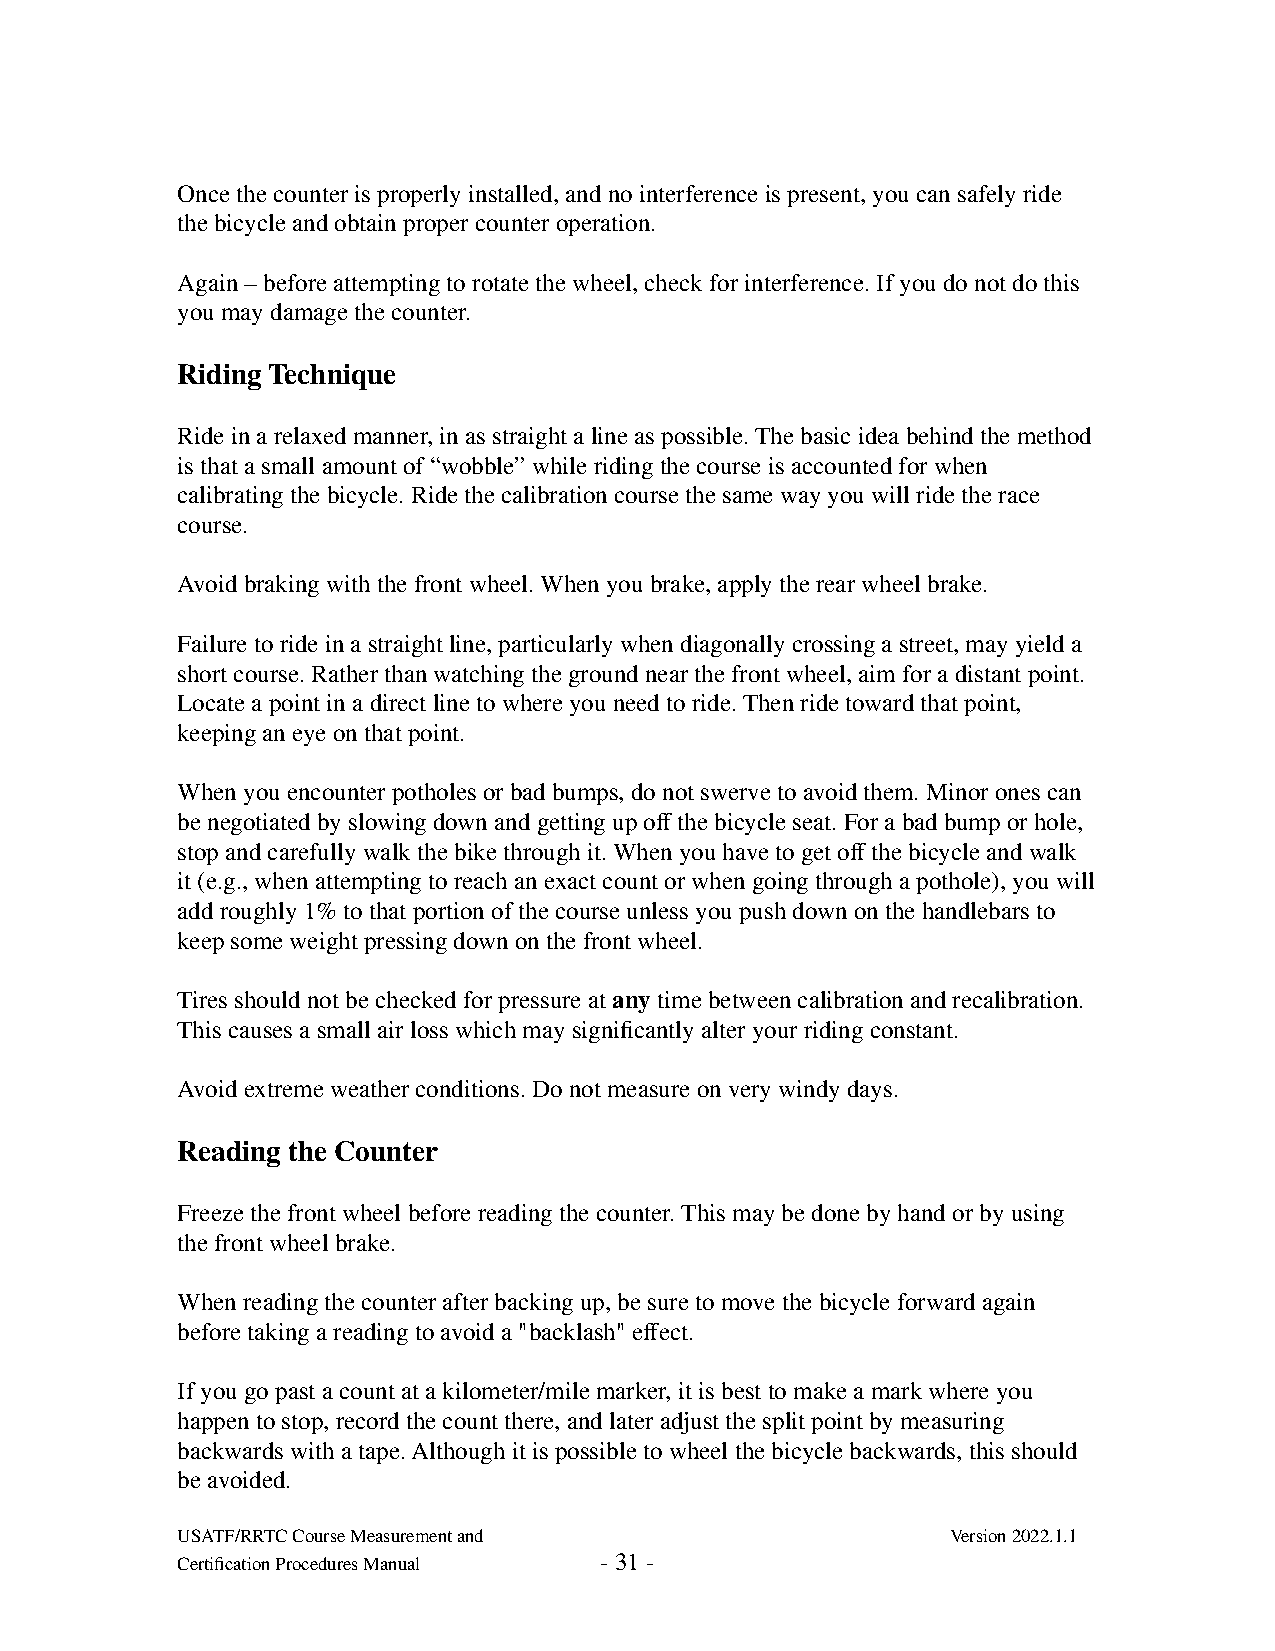
Once the counter is properly installed, and no interference is present, you can safely ride
 the bicycle and obtain proper counter operation.
 Again – before attempting to rotate the wheel, check for interference. If you do not do this
 you may damage the counter.
 Riding Technique
 Ride in a relaxed manner, in as straight a line as possible. The basic idea behind the method
 is that a small amount of “wobble” while riding the course is accounted for when
 calibrating the bicycle. Ride the calibration course the same way you will ride the race
 course.
 Avoid braking with the front wheel. When you brake, apply the rear wheel brake.
 Failure to ride in a straight line, particularly when diagonally crossing a street, may yield a
 short course. Rather than watching the ground near the front wheel, aim for a distant point.
 Locate a point in a direct line to where you need to ride. Then ride toward that point,
 keeping an eye on that point.
 When you encounter potholes or bad bumps, do not swerve to avoid them. Minor ones can
 be negotiated by slowing down and getting up off the bicycle seat. For a bad bump or hole,
 stop and carefully walk the bike through it. When you have to get off the bicycle and walk
 it (e.g., when attempting to reach an exact count or when going through a pothole), you will
 add roughly 1% to that portion of the course unless you push down on the handlebars to
 keep some weight pressing down on the front wheel.
 Tires should not be checked for pressure at any time between calibration and recalibration.
 This causes a small air loss which may significantly alter your riding constant.
 Avoid extreme weather conditions. Do not measure on very windy days.
 Reading the Counter
 Freeze the front wheel before reading the counter. This may be done by hand or by using
 the front wheel brake.
 When reading the counter after backing up, be sure to move the bicycle forward again
 before taking a reading to avoid a "backlash" effect.
 If you go past a count at a kilometer/mile marker, it is best to make a mark where you
 happen to stop, record the count there, and later adjust the split point by measuring
 backwards with a tape. Although it is possible to wheel the bicycle backwards, this should
 be avoided.
 USATF/RRTC Course Measurement and                  Version 2022.1.1
 Certification Procedures Manual - 31 -